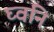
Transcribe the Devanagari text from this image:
घ्वनि